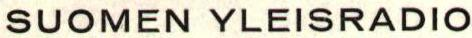
SUOMEN YLEISRADIO